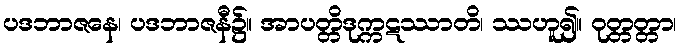
ပဒဘာဇနေ၊ ပဒဘာဇနီ၌။ အာပတ္တိဒုက္ကဋဿာတိ၊ ဿဟူ၍။ ဝုတ္တတ္တာ၊